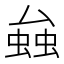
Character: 𧌦